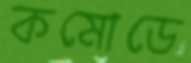
কমোডে